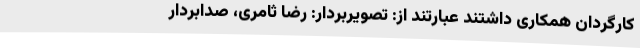
کارگردان همکاری داشتند عبارتند از: تصویربردار: رضا ثامری، صدابردار